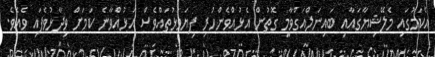
އެކަމުގައި މެލޭޝިޔާގައާއި ބައިނަލްއަގްވާމީ ގޮތުން އެޅުއްވެންހުރި ފިޔަވަޅުތައްވެސް އަޅުއްވާނެ ކަމަށް ވިދާޅުވެފައި ވެއެވެ.